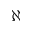
\aleph